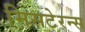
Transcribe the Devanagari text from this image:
मिसटेरन्स